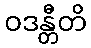
ဝဒန္တီတိ